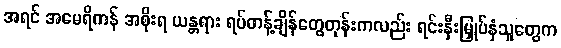
အရင် အမေရိကန် အစိုးရ ယန္တရား ရပ်တန့်ချိန်တွေတုန်းကလည်း ရင်းနှီးမြှုပ်နှံသူတွေက